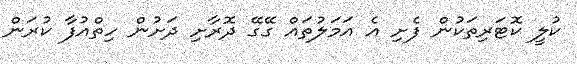
ކުލީ ކޮޓަރިތަކުން ފެށި އެ އަމަލުތައް ގޭގޭ ދޮރާށި ދަށުން ހިތްއުފާ ކުރަން